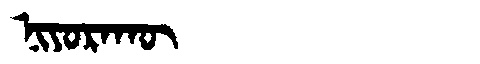
Manchu: ᠨᡳᠶᠣᡵᠠᡴᡡ
Romanization: NIYORAKŪ